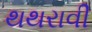
થથરાવી